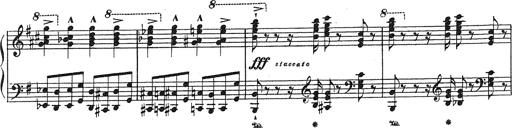
Title: Grosses Konzertsolo
Composer: Franz Liszt